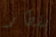
بقطار